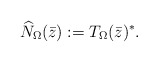
\begin{align*}\widehat N_\Omega(\bar z):=T_\Omega(\bar z)^*.\end{align*}